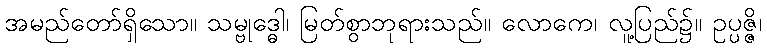
အမည်တော်ရှိသော။ သမ္ဗုဒ္ဓေါ၊ မြတ်စွာဘုရားသည်။ လောကေ၊ လူ့ပြည်၌။ ဥပ္ပဇ္ဇိ၊